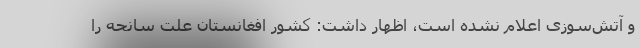
و آتش‌سوزی اعلام نشده است، اظهار داشت: کشور افغانستان علت سانحه را